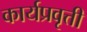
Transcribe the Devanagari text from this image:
कार्यप्रवृत्ती